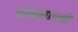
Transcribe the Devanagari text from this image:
कोमसापची